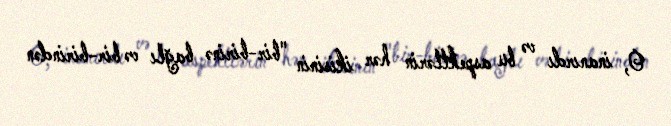
O, inanırdı və bu aspektlərin hər ikisinin "bir-birinə bağlı və bir-birindən